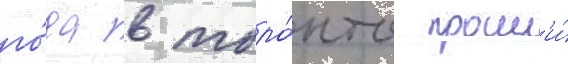
го́да в торо́нто прошл'и́